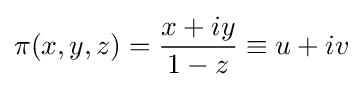
\pi (x,y,z)={x+iy \over 1-z}\equiv u+iv